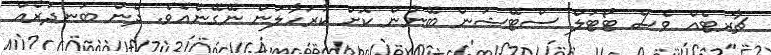
ޗާރޓެއް ވެސް ޓޯޓަލް ސްޓޭޝަން ބޭނުން ކޮށް ކުރަހާލަން ނޭގޭނެއެވެ. ދެން ބަނދަރެއް